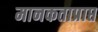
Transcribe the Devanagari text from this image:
मानकताप्राप्त